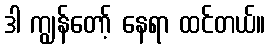
ဒါ ကျွန်တော့် နေရာ ထင်တယ်။